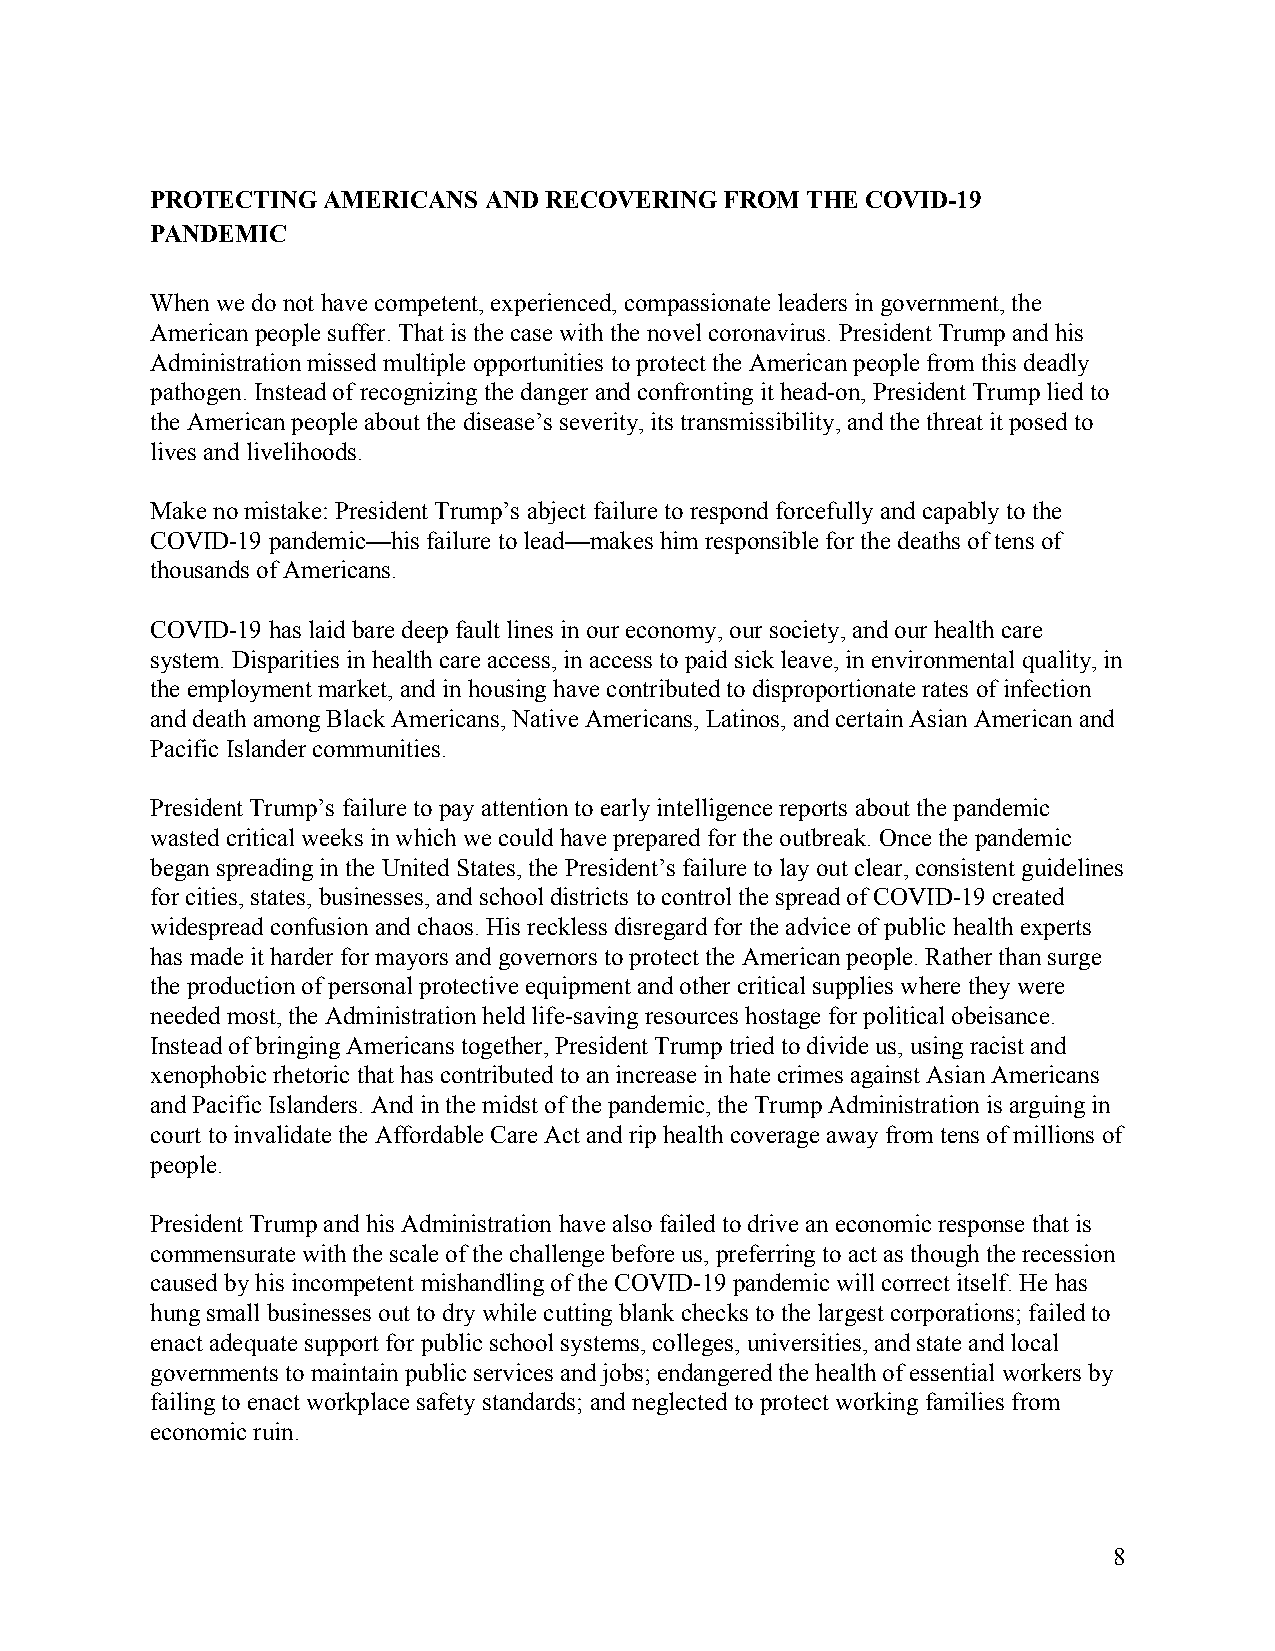
PROTECTING AMERICANS  AND RECOVERING  FROM THE COVID-19
 PANDEMIC
 When we do not have competent, experienced, compassionate leaders in government, the
 American people suffer. That is the case with the novel coronavirus. President Trump and his
 Administration missed multiple opportunities to protect the American people from this deadly
 pathogen. Instead of recognizing the danger and confronting it head-on, President Trump lied to
 the American people about the disease’s severity, its transmissibility, and the threat it posed to
 lives and livelihoods.
 Make no mistake: President Trump’s abject failure to respond forcefully and capably to the
 COVID-19 pandemic—his failure to lead—makes him responsible for the deaths of tens of
 thousands of Americans.
 COVID-19 has laid bare deep fault lines in our economy, our society, and our health care
 system. Disparities in health care access, in access to paid sick leave, in environmental quality, in
 the employment market, and in housing have contributed to disproportionate rates of infection
 and death among Black Americans, Native Americans, Latinos, and certain Asian American and
 Pacific Islander communities.
 President Trump’s failure to pay attention to early intelligence reports about the pandemic
 wasted critical weeks in which we could have prepared for the outbreak. Once the pandemic
 began spreading in the United States, the President’s failure to lay out clear, consistent guidelines
 for cities, states, businesses, and school districts to control the spread of COVID-19 created
 widespread confusion and chaos. His reckless disregard for the advice of public health experts
 has made it harder for mayors and governors to protect the American people. Rather than surge
 the production of personal protective equipment and other critical supplies where they were
 needed most, the Administration held life-saving resources hostage for political obeisance.
 Instead of bringing Americans together, President Trump tried to divide us, using racist and
 xenophobic rhetoric that has contributed to an increase in hate crimes against Asian Americans
 and Pacific Islanders. And in the midst of the pandemic, the Trump Administration is arguing in
 court to invalidate the Affordable Care Act and rip health coverage away from tens of millions of
 people.
 President Trump and his Administration have also failed to drive an economic response that is
 commensurate with the scale of the challenge before us, preferring to act as though the recession
 caused by his incompetent mishandling of the COVID-19 pandemic will correct itself. He has
 hung small businesses out to dry while cutting blank checks to the largest corporations; failed to
 enact adequate support for public school systems, colleges, universities, and state and local
 governments to maintain public services and jobs; endangered the health of essential workers by
 failing to enact workplace safety standards; and neglected to protect working families from
 economic ruin.
 8